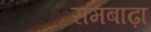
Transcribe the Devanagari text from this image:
रामबाढ़ा